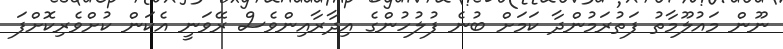
ނޫން މައުލޫމާތު ފަތުރަމުންދާ ކަމަށް ބުނެ ފުލުހުންގެ އިދާރާއިންވެސް ރޭވަނީ އެކަން ކުށްވެރިކޮށްފަ